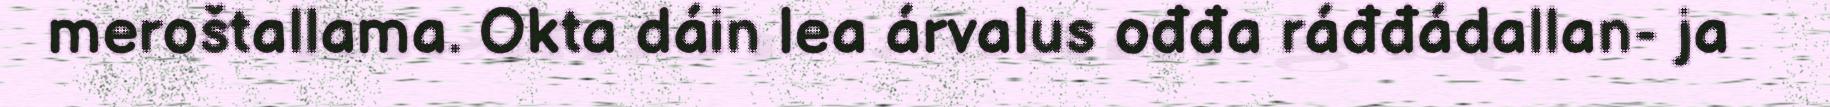
meroštallama. Okta dáin lea árvalus ođđa ráđđádallan- ja